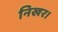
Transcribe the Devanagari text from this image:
निखर।